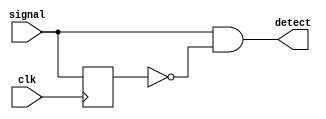
`ifndef _EDGE_DETECTOR_
`define _EDGE_DETECTOR_

module PosEdgeDetector(
    input wire clk,
    input wire signal,
    output wire detect
);

reg last_signal;
assign detect = signal & !last_signal;
always @(posedge clk) last_signal <= signal;

endmodule

module NegEdgeDetector(
    input wire clk,
    input wire signal,
    output wire detect
);

reg last_signal;
assign detect = !signal & last_signal;
always @(posedge clk) last_signal <= signal;

endmodule

`endif